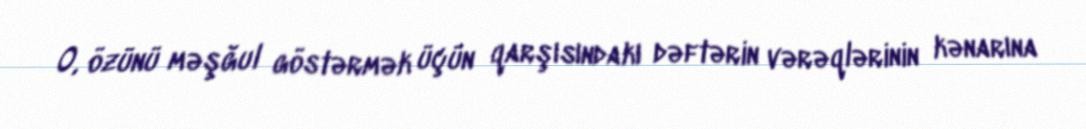
O, özünü məşğul göstərmək üçün qarşısındakı dəftərin vərəqlərinin kənarına